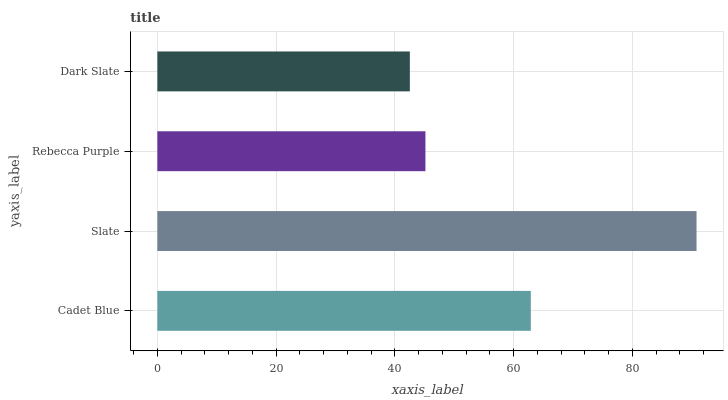
| yaxis_label | bars |
 | --- | --- |
 | Cadet Blue | 62.9 |
 | Slate | 90.8 |
 | Rebecca Purple | 45.1 |
 | Dark Slate | 42.5 |